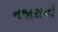
નજારાનો